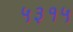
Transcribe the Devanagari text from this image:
५३१५